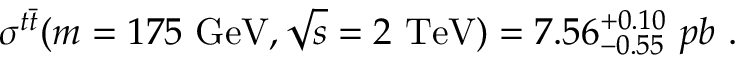
\sigma ^ { t \bar { t } } ( m = 1 7 5 \ \mathrm { G e V } , \sqrt { s } = 2 \ \mathrm { T e V } ) = 7 . 5 6 _ { - 0 . 5 5 } ^ { + 0 . 1 0 } \ p b \ .